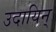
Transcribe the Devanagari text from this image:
उदायिन्